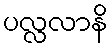
ပလ္လလာနိ